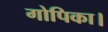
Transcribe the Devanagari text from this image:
गोपिका।